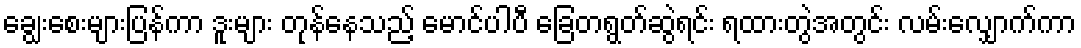
ချွေးစေးများပြန်ကာ ဒူးများ တုန်နေသည့် မောင်ပါပီ ခြေတရွတ်ဆွဲရင်း ရထားတွဲအတွင်း လမ်းလျှောက်ကာ